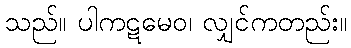
သည်။ ပါကဋမေဝ၊ လျှင်ကတည်း။